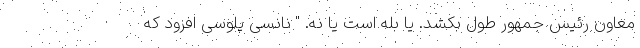
معاون رئیس جمهور طول بکشد. یا بله است یا نه. " نانسی پلوسی افزود که